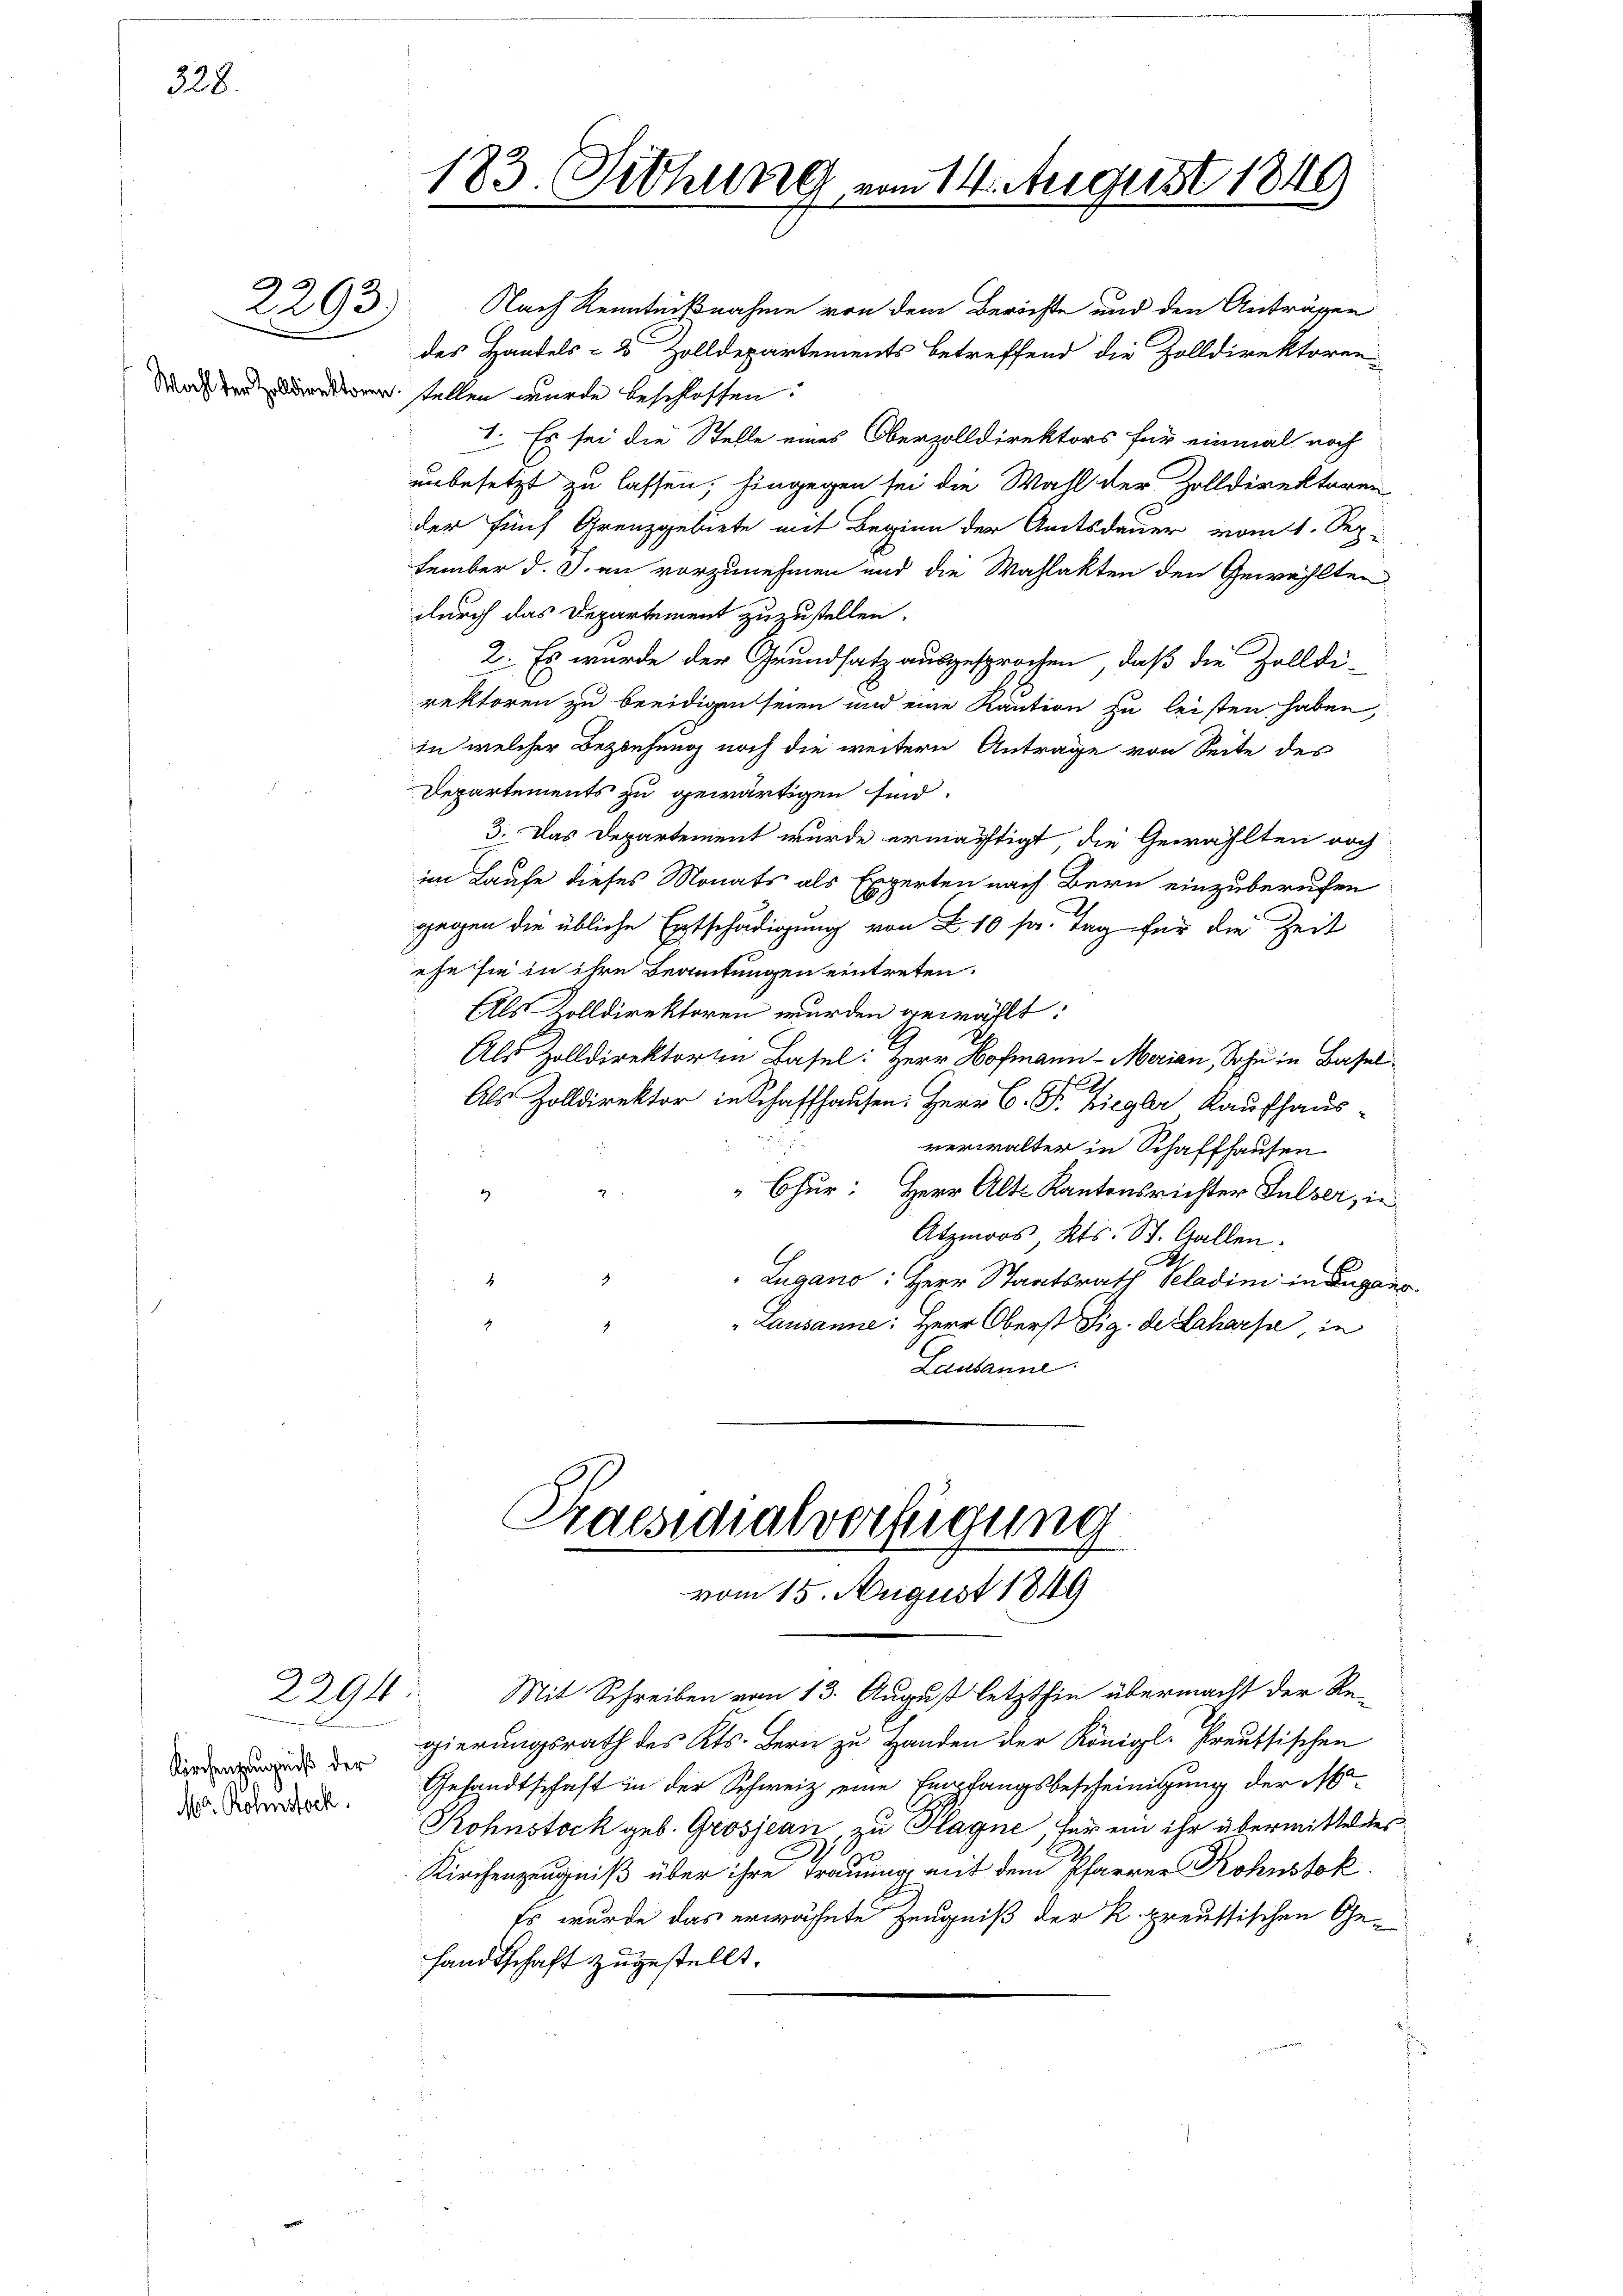
328.

2293) Nach Kenntnißnahme von dem Berichte und den Anträgen
des Handels- 8 Zolldepartements betreffend die Zolldirektoren
Mad der Kantonen stellen wurde beschlossen.
I. Es sei die Stelle eines Oberzolldirektors für einmal noch
unbesetzt zu lassen, hingegen sei die Wahl der Zolldirektoren
der fünf Grenzgebiete mit Beginn der Amtsdauer vom 1. Sep.
tember d. J. an vorzunehmen und die Wahlakten den Gewählten
durch das Departement zuzustellen.
2. Es wurde der Grundsatz ausgesprochen, daß die Zolldi-
rektoren zu beeidigen seien und eine Kaution zu leisten haben,
in welcher Beziehung noch die weitern Antrage von Seite des
Departements zu gewärtigen sind.
3. Das Departement wurde ermächtigt, die Gewählten noch
im Laufe dieses Monats als Experten nach Bern einzuberufen
gegen die übliche Entschädigung von 10 sr. Tag für die Zeit
ehe sie in ihre Beamtungen eintreten.
Als Zolldirektoren wurden gewählt:
Als Zolldirektoren Basel: Herr Hofmann - Marian, Sohn in Basel
Als Zolldirektor in Schaffhausen: Herr C. J. Ziegler Kaufhaus-
verwalter in Schaffhausen
2
Chur: Herr Alte Kantonsrichter Sulzer, in
2
Atzmoos Kts. St. Gallen.
Lugano: Herr Staatsrath Peladini in Lugano
2
4
Lausanne: Herr Oberst Sig. de Laharsa, in
Ludbanne

2294

Kirchenzeugniß der
E
Nr. Rohnstock.

183. Siehung vom 14. August 1849

gierungsrath des Kts. Bern zu Handen der Königl. Preussischen
Gesandtschaft in der Schweiz, eine Empfangsbescheinigung der
Rohnstock geb. Grosjean, zu Hagne, für ein ihr übermitteltes
Kirchenzeugniß über ihre Trauung mit dem Pfarrer Rohnstok
Es wurde das erwähnte Zeugniß der K. preussischen Gesandtschaft zugestellt.

Praesidialverfügung
vom 15. August 1849

Mit Schreiben vom 13. August letzthin übermacht der Re-